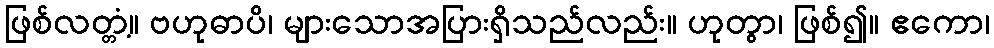
ဖြစ်လတ္တံ့။ ဗဟုဓာပိ၊ များသောအပြားရှိသည်လည်း။ ဟုတွာ၊ ဖြစ်၍။ ဧကော၊